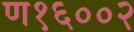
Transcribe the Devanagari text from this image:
ण१६००२